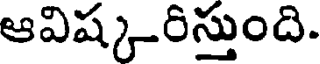
ఆవిష్కరిస్తుంది.